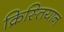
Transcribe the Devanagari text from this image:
क्रिस्तियान